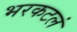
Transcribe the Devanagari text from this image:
भरकटलं